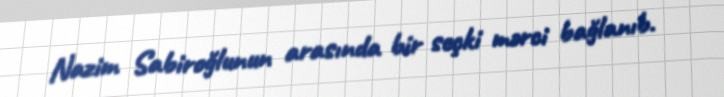
Nazim Sabiroğlunun arasında bir seçki mərci bağlanıb.